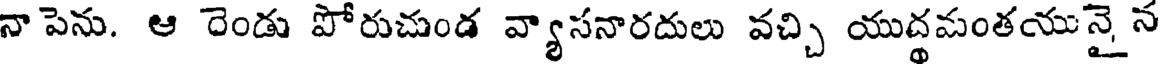
నా పెను. ఆ రెండు పోరుచుండ వ్యాసనారదులు వచ్చి యుద్ధమంతయునై న